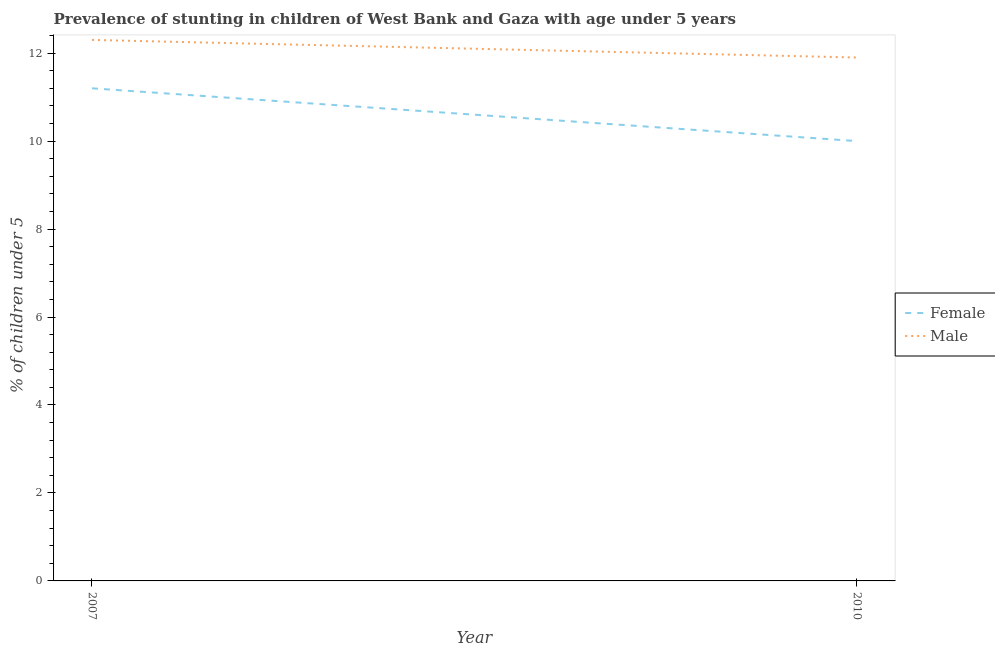
| Year | Female | Male |
 | --- | --- | --- |
 | 2007 | 11.2 | 12.3 |
 | 2010 | 10 | 11.9 |